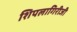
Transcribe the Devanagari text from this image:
शिपलागिरीजी